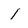
Character: 1